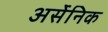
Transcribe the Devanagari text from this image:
अर्सेनिक